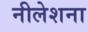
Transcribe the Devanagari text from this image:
नीलेशना